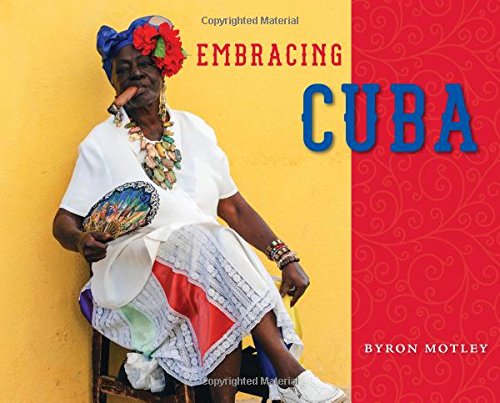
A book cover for Embracing Cuba; Byron Motley; Arts & Photography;